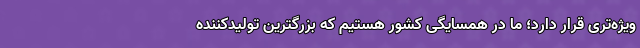
ویژه‌تری قرار دارد؛ ما در همسایگی کشور هستیم که بزرگترین تولیدکننده